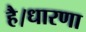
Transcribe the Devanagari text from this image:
है।धारणा